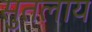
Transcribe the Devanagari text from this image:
सुतलाय